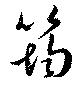
筠